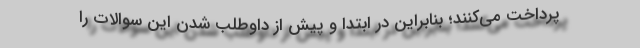
پرداخت می‌کنند؛ بنابراین در ابتدا و پیش از داوطلب شدن این سوالات را